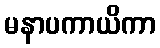
မနာပကာယိကာ